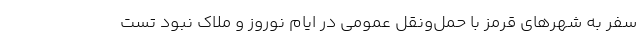
سفر به شهرهای قرمز با حمل‌ونقل عمومی در ایام نوروز و ملاک نبود تست